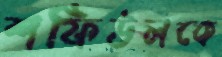
শফিউলকে